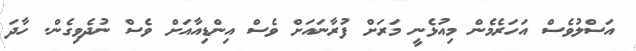
އަސްލުވެސް އަހަރެމެން މިއުޅެނީ މަރަށް ފުރާނައަށް ވެސް އިންޑިއާއަށް ވެސް ނުދެވިގެން. ހާދަ